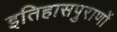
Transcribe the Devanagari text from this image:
इतिहासपुराणों